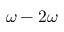
\omega - 2 \omega